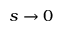
s \to 0